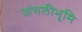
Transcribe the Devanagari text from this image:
जंगलीभूमि